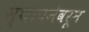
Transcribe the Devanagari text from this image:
स्थापनेवरून